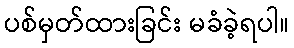
ပစ်မှတ်ထားခြင်း မခံခဲ့ရပါ။